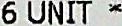
6 UNIT *